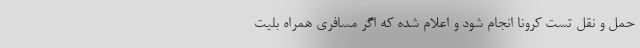
حمل و نقل تست کرونا انجام شود و اعلام شده که اگر مسافری همراه بلیت